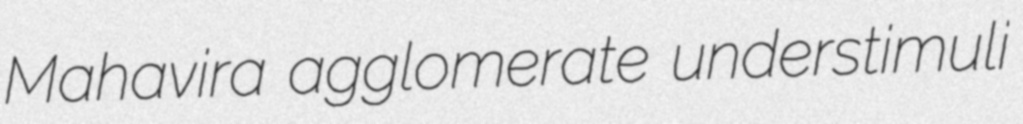
Mahavira agglomerate understimuli